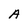
Character: A